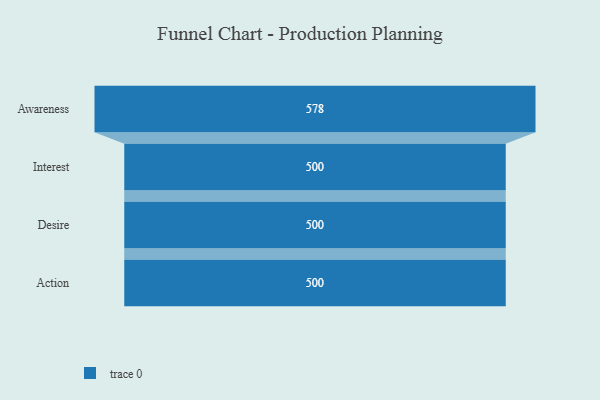
{"axis": {"x": "Stage", "y": "Value"}, "legend": [""], "data": [{"x": "Awareness", "y": 578.0, "type": ""}, {"x": "Interest", "y": 500, "type": ""}, {"x": "Desire", "y": 500, "type": ""}, {"x": "Action", "y": 500, "type": ""}]}